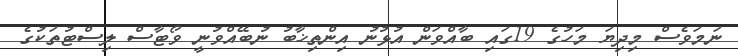
ނަމަވެސް މިދިޔަ މަހުގެ 19ގައި ބާއްވަން އުޅުނު އިންތިޚާބު ނުބޭއްވުނީ ވޯޓާސް ލިސްޓުތަކުގެ